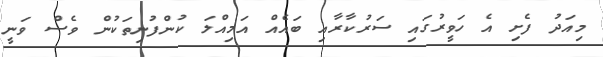
މިއަދު ފެށި އެ ހަވީރުގައި ސަރުކާރާއި ބައެއް އަމިއްލަ ކުންފުނިތަކުން ވެސް ވަނީ